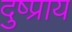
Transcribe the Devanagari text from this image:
दुष्प्राय